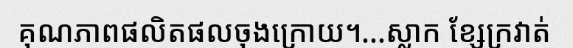
គុណភាពផលិតផលចុងក្រោយ។...ស្លាក ខ្សែក្រវាត់